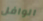
الوافل